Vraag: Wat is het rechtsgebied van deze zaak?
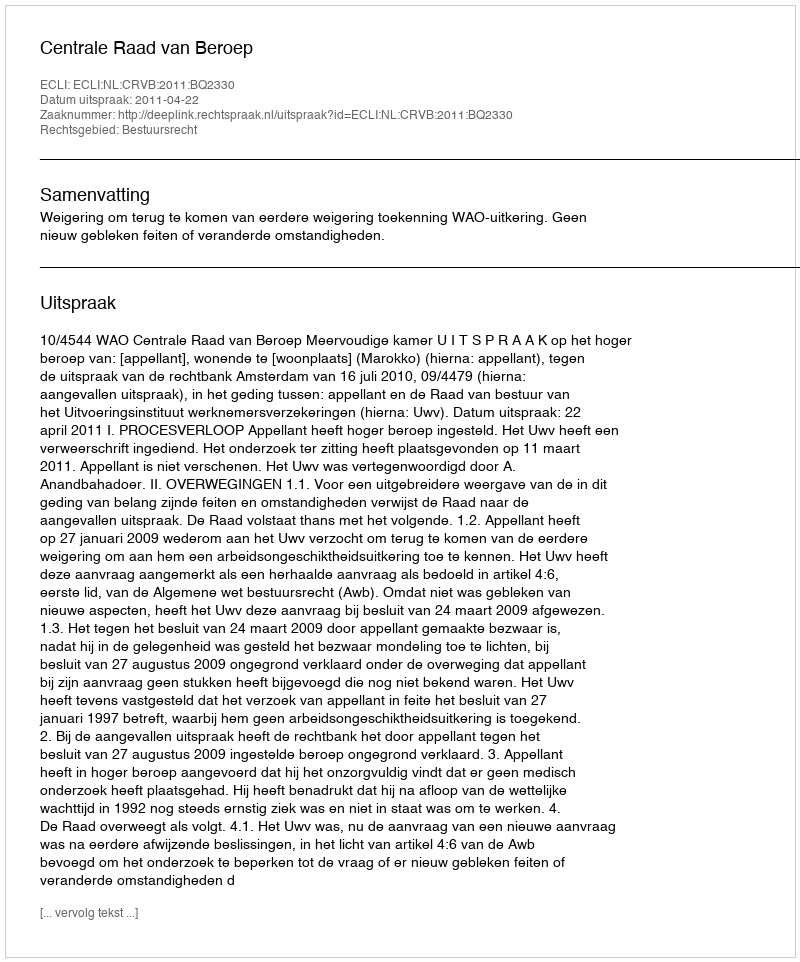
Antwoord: Bestuursrecht